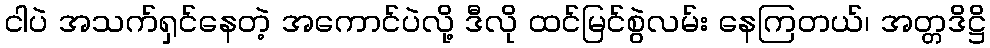
ငါပဲ အသက်ရှင်နေတဲ့ အကောင်ပဲလို့ ဒီလို ထင်မြင်စွဲလမ်း နေကြတယ်၊ အတ္တဒိဋ္ဌိ